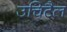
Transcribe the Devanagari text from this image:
उचिटैल